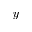
y -